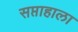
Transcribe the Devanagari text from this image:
सप्ताहाला